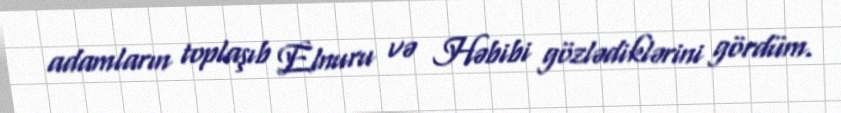
adamların toplaşıb Elnuru və Həbibi gözlədiklərini gördüm.